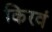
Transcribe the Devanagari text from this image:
किरवं